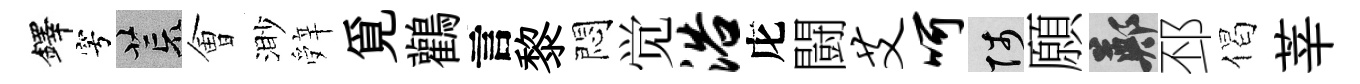
鐸穹荒㑹渺辤覓鸛言黎悶觉浴庀闘艾呵陟願鄭邳偈莘